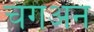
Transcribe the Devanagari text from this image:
चंगअन